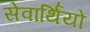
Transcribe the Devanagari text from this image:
सेवार्थियों